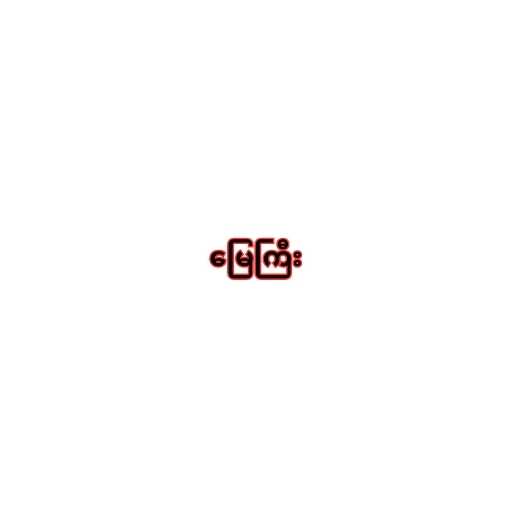
မြေကြီး